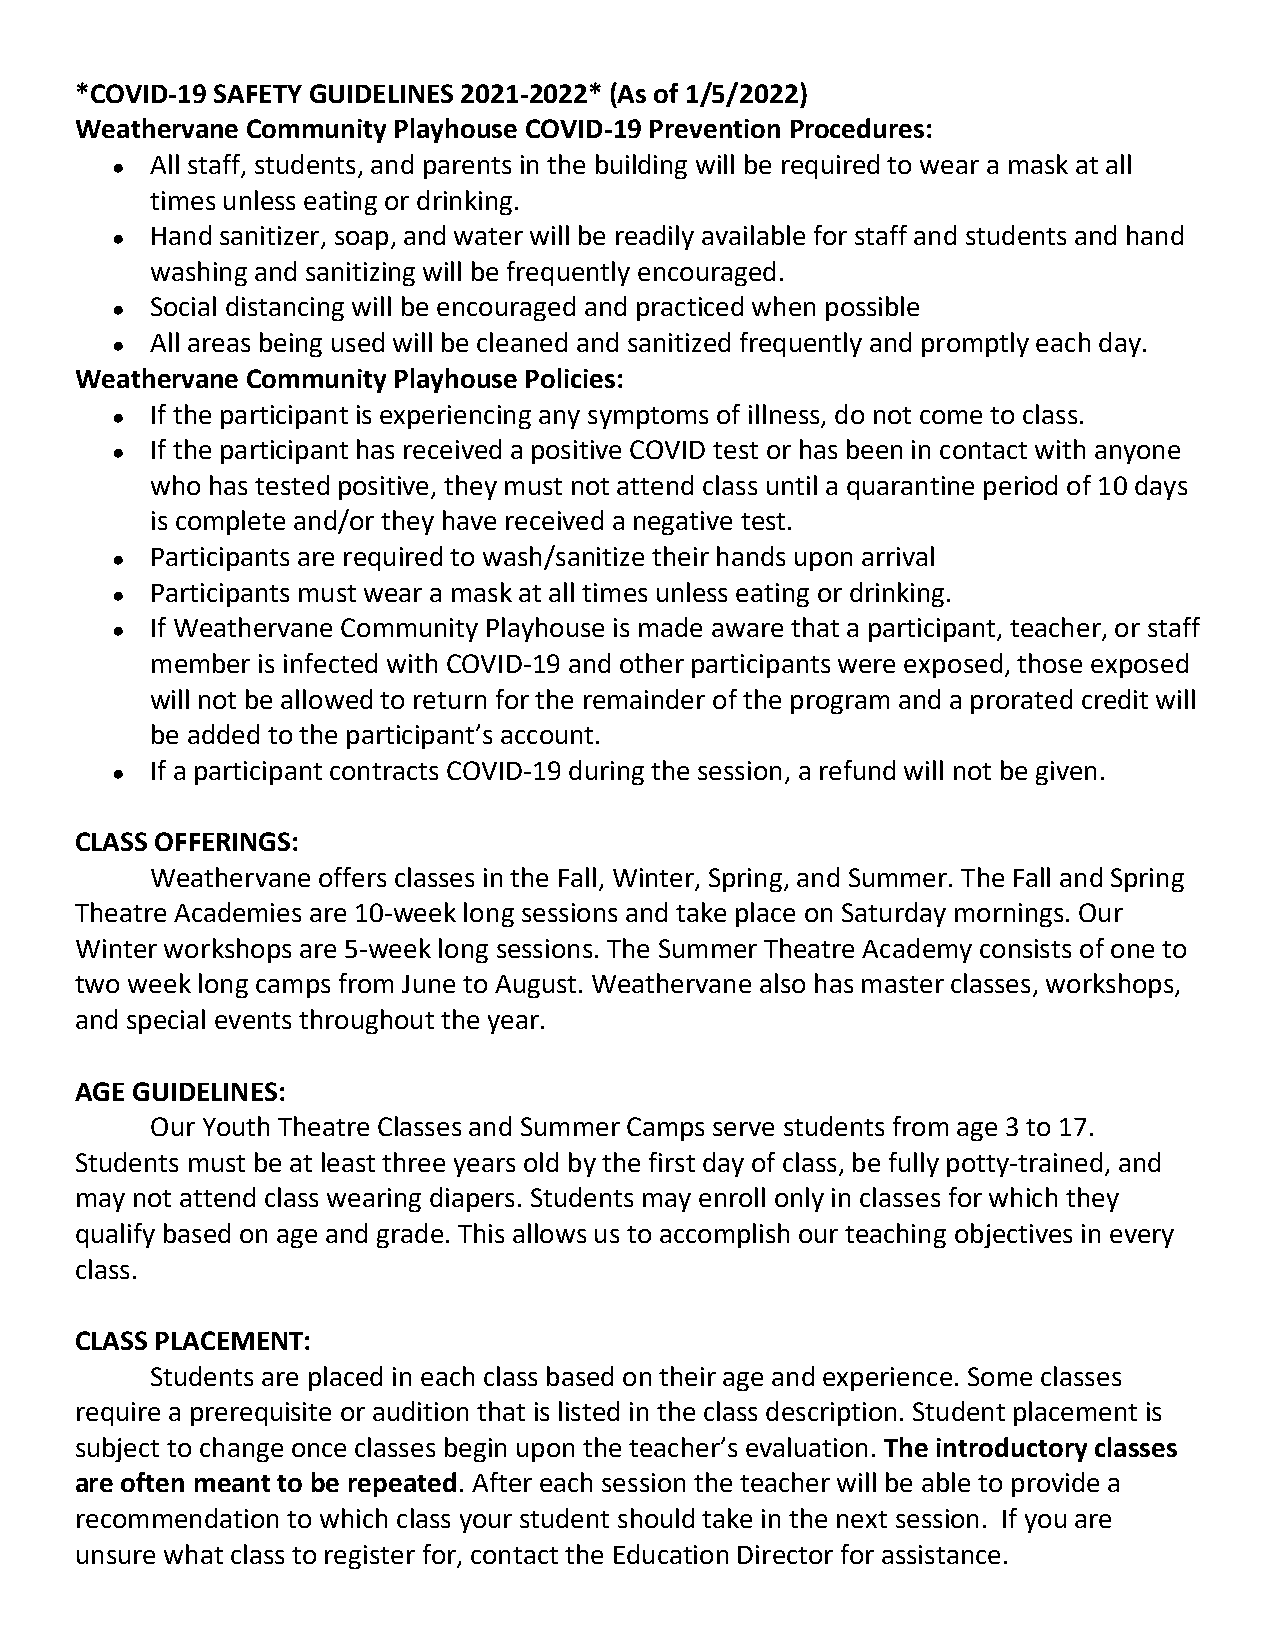
*COVID-19 SAFETY GUIDELINES 2021-2022* (As of 1/5/2022)
 Weathervane Community Playhouse COVID-19 Prevention Procedures:
 ●
 All staff, students, and parents in the building will be required to wear a mask at all
 times unless eating or drinking.
 ●
 Hand sanitizer, soap, and water will be readily available for staff and students and hand
 washing and sanitizing will be frequently encouraged.
 ●
 Social distancing will be encouraged and practiced when possible
 ●
 All areas being used will be cleaned and sanitized frequently and promptly each day.
 Weathervane Community Playhouse Policies:
 ●
 If the participant is experiencing any symptoms of illness, do not come to class.
 ●
 If the participant has received a positive COVID test or has been in contact with anyone
 who has tested positive, they must not attend class until a quarantine period of 10 days
 is complete and/or they have received a negative test.
 ●
 Participants are required to wash/sanitize their hands upon arrival
 ●
 Participants must wear a mask at all times unless eating or drinking.
 ●
 If Weathervane Community Playhouse is made aware that a participant, teacher, or staff
 member is infected with COVID-19 and other participants were exposed, those exposed
 will not be allowed to return for the remainder of the program and a prorated credit will
 be added to the participant’s account.
 ●
 If a participant contracts COVID-19 during the session, a refund will not be given.
 CLASS OFFERINGS:
 Weathervane offers classes in the Fall, Winter, Spring, and Summer. The Fall and Spring
 Theatre Academies are 10-week long sessions and take place on Saturday mornings. Our
 Winter workshops are 5-week long sessions. The Summer Theatre Academy consists of one to
 two week long camps from June to August. Weathervane also has master classes, workshops,
 and special events throughout the year.
 AGE GUIDELINES:
 Our Youth Theatre Classes and Summer Camps serve students from age 3 to 17.
 Students must be at least three years old by the first day of class, be fully potty-trained, and
 may not attend class wearing diapers. Students may enroll only in classes for which they
 qualify based on age and grade. This allows us to accomplish our teaching objectives in every
 class.
 CLASS PLACEMENT:
 Students are placed in each class based on their age and experience. Some classes
 require a prerequisite or audition that is listed in the class description. Student placement is
 subject to change once classes begin upon the teacher’s evaluation. The introductory classes
 are often meant to be repeated. After each session the teacher will be able to provide a
 recommendation to which class your student should take in the next session. If you are
 unsure what class to register for, contact the Education Director for assistance.